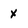
Character: x